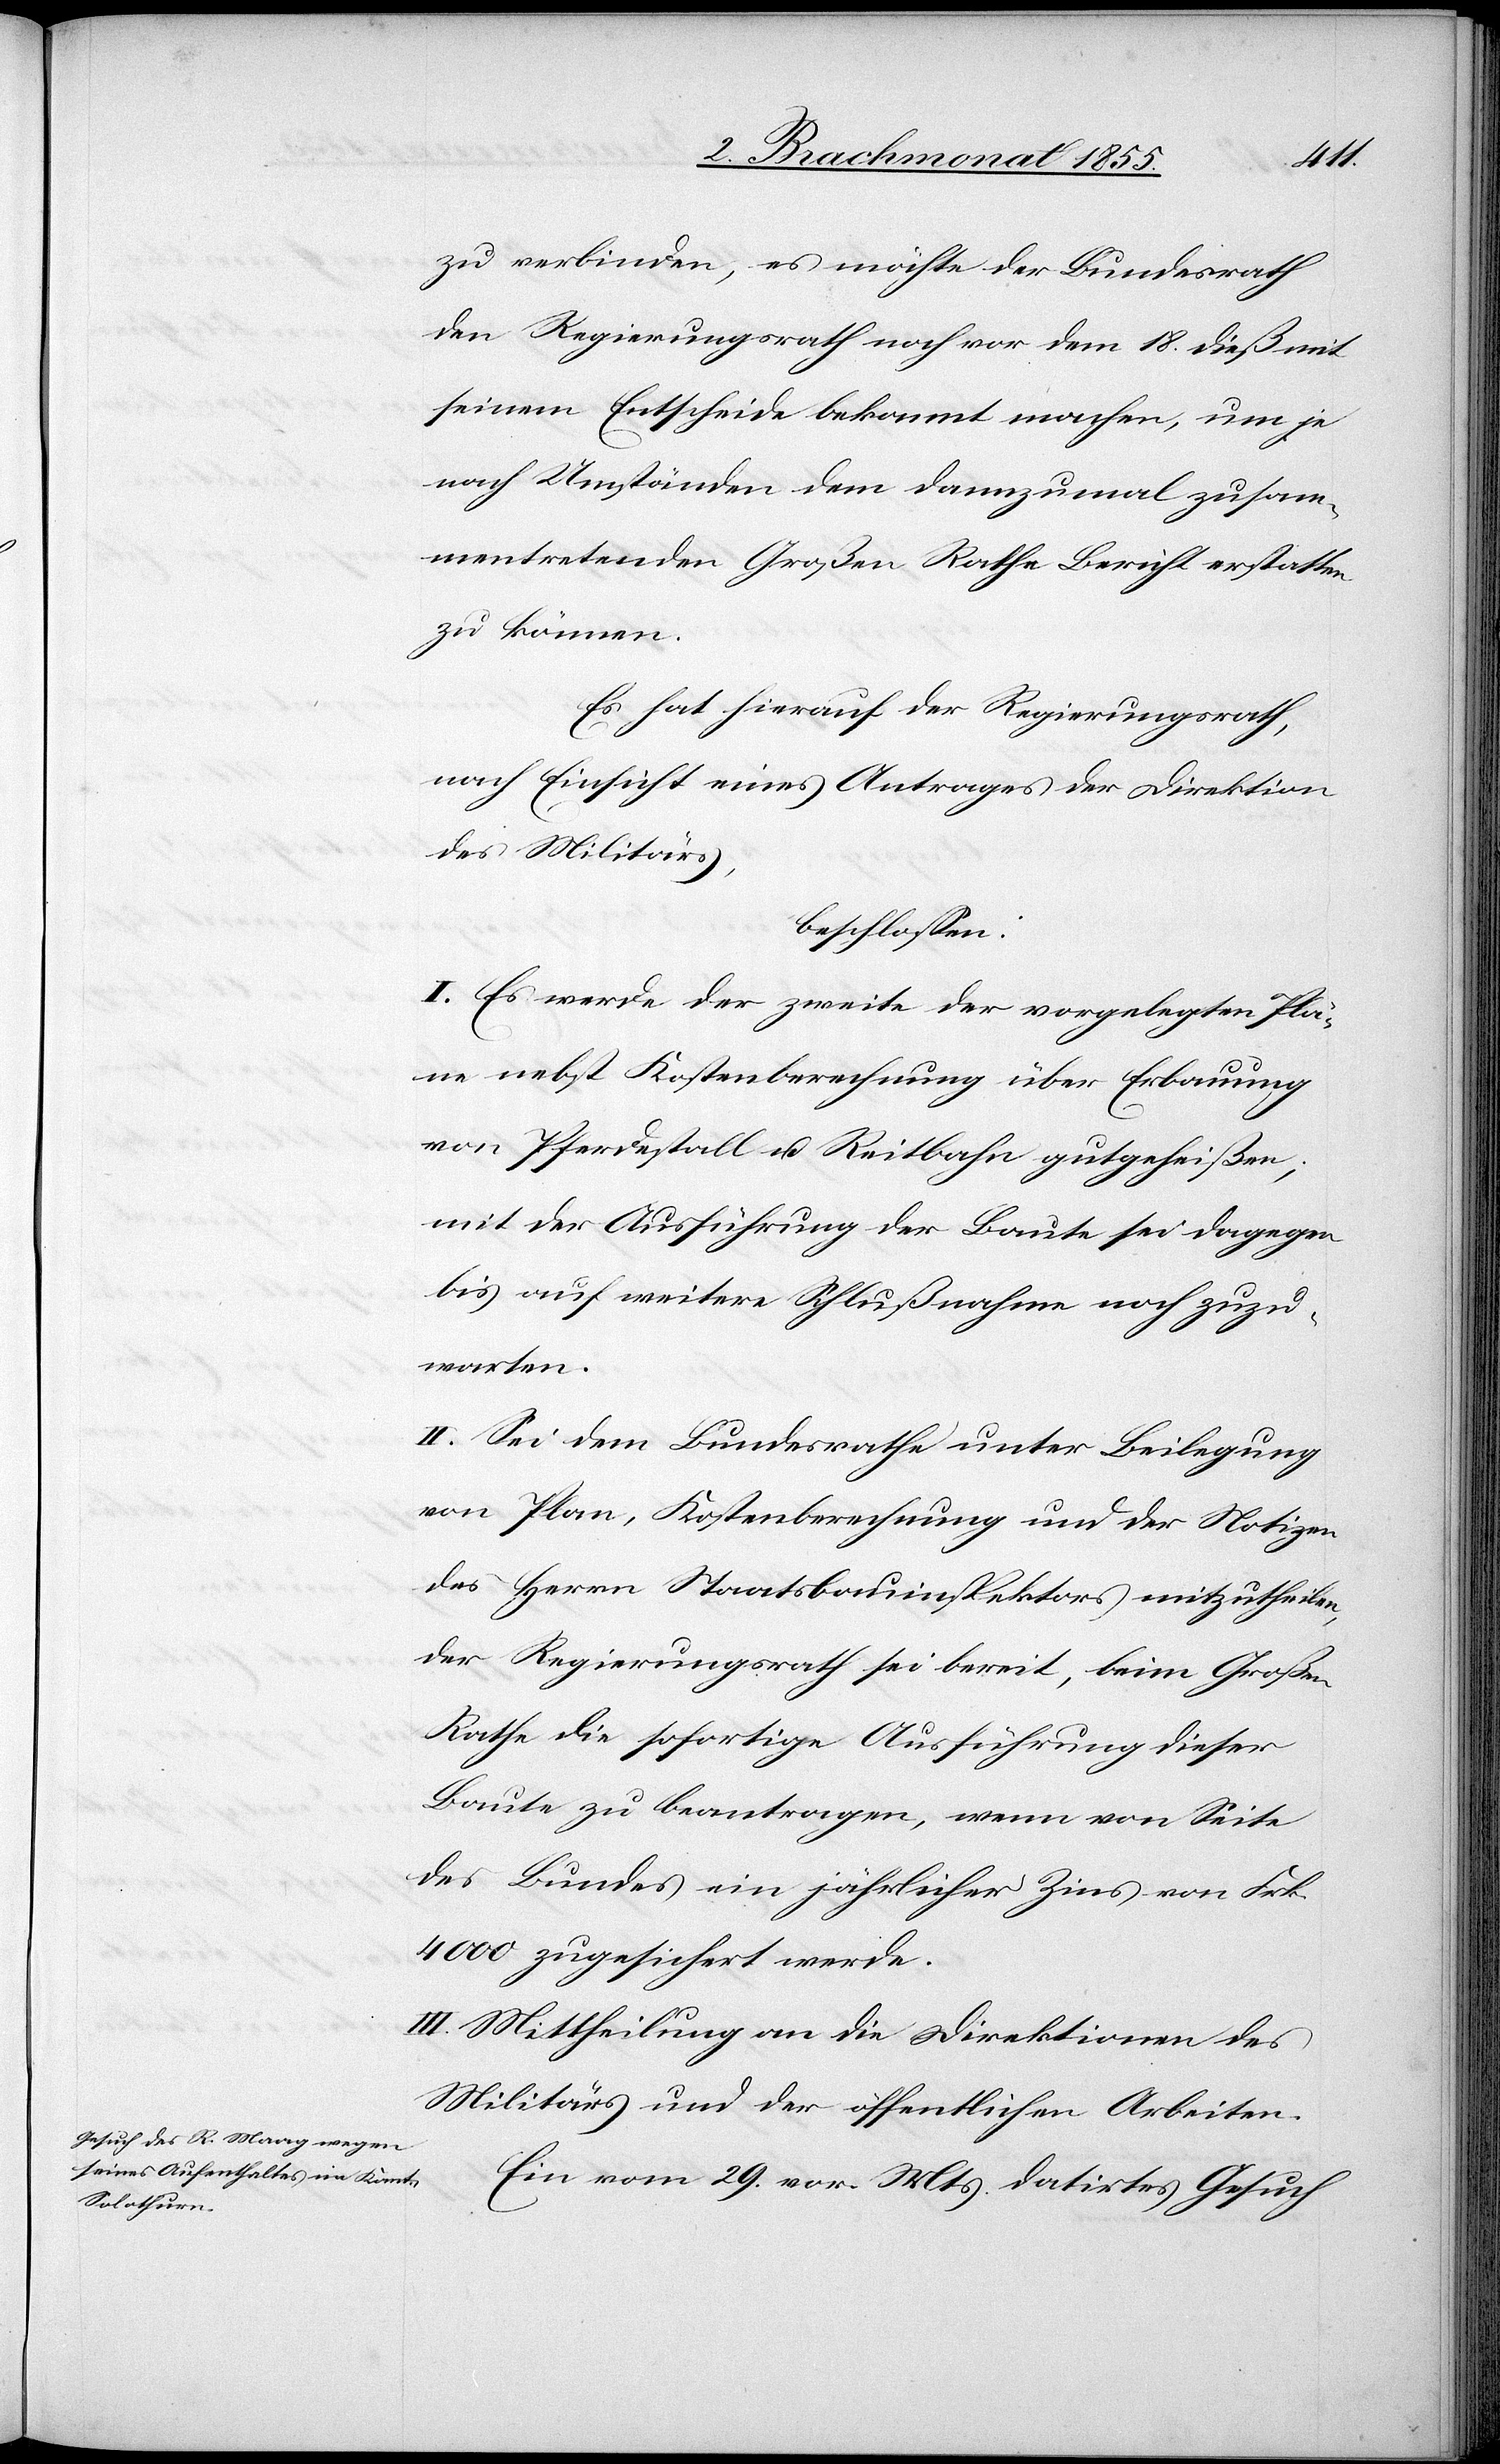
zu verbinden, es möchte der Bundesrath
den Regierungsrath noch vor dem 18. dieß mit
seinem Entscheide bekannt machen, um je
nach Umständen dem dannzumal zusam¬
mentretenden Großen Rathe Bericht erstatten
zu können.
Es hat hierauf der Regierungsrath,
nach Einsicht eines Antrages der Direktion
des Militärs,
beschlossen:
I. Es werde der zweite der vorgelegten Plä¬
ne nebst Kostenberechnung über Erbauung
von Pferdestall u. Reitbahn gutgeheißen,
mit der Ausführung der Baute sei dagegen
bis auf weitere Schlußnahme noch zuzu¬
warten.
II. Sei dem Bundesrathe unter Beilegung
von Plan, Kostenberechnung und der Notizen
des Herrn Staatsbauinspektors mitzutheilen,
der Regierungsrath sei bereit, beim Großen
Rathe die sofortige Ausführung dieser
Baute zu beantragen, wenn von Seite
des Bundes ein jährlicher Zins von Frk.
4000 zugesichert werde.
III. Mittheilung an die Direktionen des
Militärs und der öffentlichen Arbeiten.
Ein vom 29. vor. Mts. datirtes Gesuch